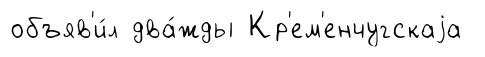
объяв'и́л два́жды Кр'ем'енчугскаjа